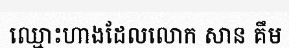
ឈ្មោះហាងដែលលោក សាន គឹម